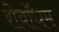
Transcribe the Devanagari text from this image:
रोबॉथम